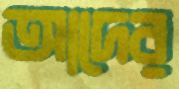
আদের